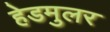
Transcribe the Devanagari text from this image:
हेडमुलर